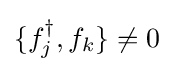
\{f_{j}^{\dagger },f_{k}\}\neq 0